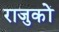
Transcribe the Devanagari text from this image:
राजुकों